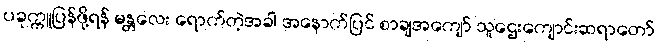
ပခုက္ကူပြန်ဖို့ရန် မန္တလေး ရောက်တဲ့အခါ အနောက်ပြင် စာချအကျော် သူဌေးကျောင်းဆရာတော်